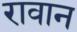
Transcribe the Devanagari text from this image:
रावान